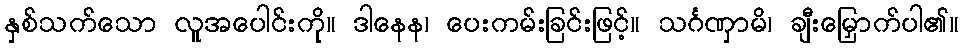
နှစ်သက်သော လူအပေါင်းကို။ ဒါနေန၊ ပေးကမ်းခြင်းဖြင့်။ သင်္ဂဏှာမိ၊ ချီးမြှောက်ပါ၏။